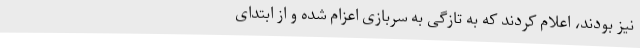
نیز بودند، اعلام کردند که به تازگی به سربازی اعزام شده و از ابتدای